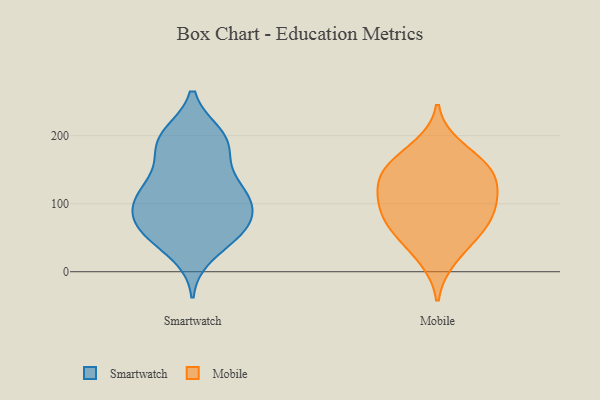
{"axis": {"x": "Waste Production (Tons)", "y": "Value"}, "legend": ["Mobile", "Smartwatch"], "data": [{"x": "", "y": 192, "type": "Smartwatch"}, {"x": "", "y": 130, "type": "Smartwatch"}, {"x": "", "y": 142, "type": "Smartwatch"}, {"x": "", "y": 112, "type": "Smartwatch"}, {"x": "", "y": 193, "type": "Smartwatch"}, {"x": "", "y": 89, "type": "Smartwatch"}, {"x": "", "y": 97, "type": "Smartwatch"}, {"x": "", "y": 58, "type": "Smartwatch"}, {"x": "", "y": 119, "type": "Smartwatch"}, {"x": "", "y": 178, "type": "Smartwatch"}, {"x": "", "y": 68, "type": "Smartwatch"}, {"x": "", "y": 195, "type": "Smartwatch"}, {"x": "", "y": 98, "type": "Smartwatch"}, {"x": "", "y": 27, "type": "Smartwatch"}, {"x": "", "y": 58, "type": "Smartwatch"}, {"x": "", "y": 59, "type": "Smartwatch"}, {"x": "", "y": 200, "type": "Smartwatch"}, {"x": "", "y": 59, "type": "Smartwatch"}, {"x": "", "y": 108, "type": "Smartwatch"}, {"x": "", "y": 107, "type": "Mobile"}, {"x": "", "y": 143, "type": "Mobile"}, {"x": "", "y": 49, "type": "Mobile"}, {"x": "", "y": 108, "type": "Mobile"}, {"x": "", "y": 68, "type": "Mobile"}, {"x": "", "y": 156, "type": "Mobile"}, {"x": "", "y": 155, "type": "Mobile"}, {"x": "", "y": 83, "type": "Mobile"}, {"x": "", "y": 110, "type": "Mobile"}, {"x": "", "y": 67, "type": "Mobile"}, {"x": "", "y": 184, "type": "Mobile"}, {"x": "", "y": 141, "type": "Mobile"}, {"x": "", "y": 19, "type": "Mobile"}]}